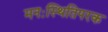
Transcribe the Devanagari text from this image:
मनःस्थितिपरक